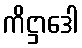
ကိဋ္ဌာဒေါ